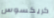
كريكسوس